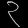
Digit: ၃